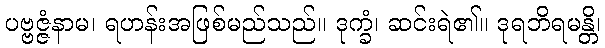
ပဗ္ဗဇ္ဇံနာမ၊ ရဟန်းအဖြစ်မည်သည်။ ဒုက္ခံ၊ ဆင်းရဲ၏။ ဒုရဘိရမန္တိ၊